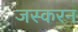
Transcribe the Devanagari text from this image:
जस्करन